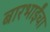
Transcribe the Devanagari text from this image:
बारभाईंचा